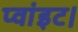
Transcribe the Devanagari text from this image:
प्‍वांइट।